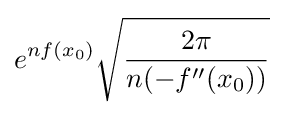
e^{nf(x_{0})}{\sqrt {\frac {2\pi }{n(-f''(x_{0}))}}}